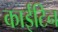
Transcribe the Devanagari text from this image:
काईटिन